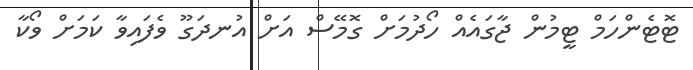
ޓޮޓެންހަމް ޓީމުން ޖާގައެއް ހޯދުމަށް ގޮމޭސް އަށް އުނދަގޫ ވެފައިވާ ކަމަށް ވޯކާ